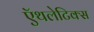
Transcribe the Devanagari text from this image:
ऍथलेटिक्स